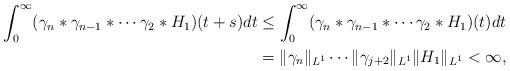
LaTeX: \begin{align*}\int_{0}^{\infty}(\gamma_{n}\ast\gamma_{n-1}\ast\cdots\gamma_{2}\ast H_{1})(t+s)dt&\leq\int_{0}^{\infty}(\gamma_{n}\ast\gamma_{n-1}\ast\cdots\gamma_{2}\ast H_{1})(t)dt\\&=\Vert\gamma_{n}\Vert_{L^{1}}\cdots\Vert\gamma_{j+2}\Vert_{L^{1}}\Vert H_{1}\Vert_{L^{1}}<\infty,\end{align*}